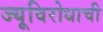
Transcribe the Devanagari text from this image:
ज्यूविरोधाची